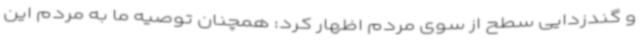
و گندزدایی سطح از سوی مردم اظهار کرد: همچنان توصیه ما به مردم این